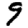
Digit: 9